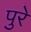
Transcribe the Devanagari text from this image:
पुरें